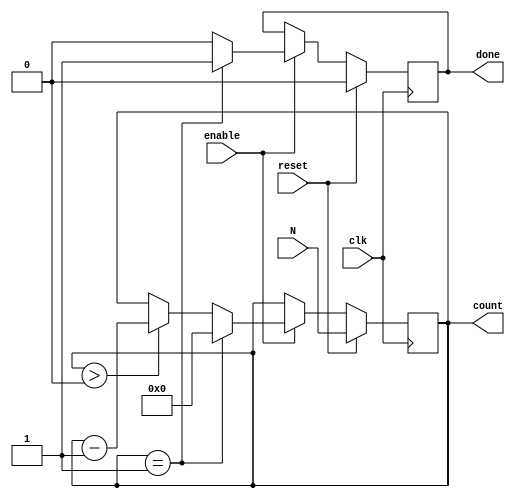
module down_counter (
    input wire clk,         // Clock signal
    input wire reset,       // Synchronous reset signal
    input wire enable,      // Enable signal
    input wire [7:0] N,     // Initial value for the counter (8-bit for this example)
    output reg [7:0] count,  // Current count value (8-bit)
    output reg done         // Done signal indicating when count reaches zero
);

    // Internal register to hold the current count value
    reg [7:0] current_count;

    // Always block for synchronous operations
    always @(posedge clk) begin
        if (reset) begin
            // Load initial value into current_count on reset
            current_count <= N;
            done <= 0; // Reset done signal
        end else if (enable) begin
            // Decrement the current count if enable is high
            if (current_count > 0) begin
                current_count <= current_count - 1;
            end
            // Assert done signal when count reaches zero
            if (current_count == 1) begin
                current_count <= 0; // Prevent underflow
                done <= 1;          // Assert done signal
            end else begin
                done <= 0;          // Clear done signal if not zero
            end
        end
    end

    // Assign the current count to the output
    always @(*) begin
        count = current_count;
    end

endmodule